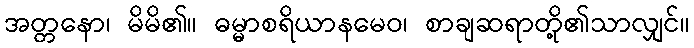
အတ္တနော၊ မိမိ၏။ ဓမ္မာစရိယာနမေဝ၊ စာချဆရာတို့၏သာလျှင်။